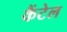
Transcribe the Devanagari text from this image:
कैंटेल